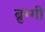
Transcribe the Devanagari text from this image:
ब्रुग्गी